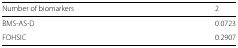
<table><thead><tr><td><b>Number of biomarkers</b></td><td><b>2</b></td></tr></thead><tbody><tr><td>BMS-AS-D</td><td>0.0723</td></tr><tr><td>FOHSIC</td><td>0.2907</td></tr></tbody></table>